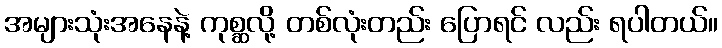
အများသုံးအနေနဲ့ ကုစ္ဆလို့ တစ်လုံးတည်း ပြောရင် လည်း ရပါတယ်။